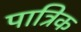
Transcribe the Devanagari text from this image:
पात्रिक